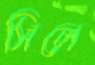
সিলে